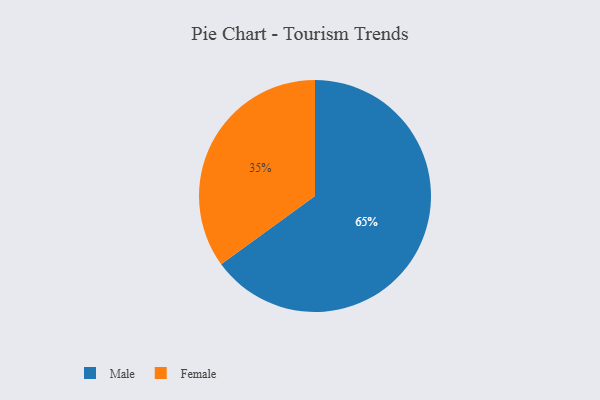
{"axis": {"x": "Category", "y": "Percentage"}, "legend": ["Female", "Male"], "data": [{"x": "Female", "y": 35, "type": "Female"}, {"x": "Male", "y": 65, "type": "Male"}]}